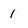
Character: 1